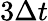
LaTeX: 3\Delta t